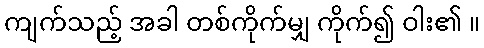
ကျက်သည့် အခါ တစ်ကိုက်မျှ ကိုက်၍ ဝါး၏ ။